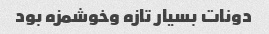
دونات بسیار تازه وخوشمزه بود